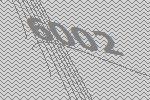
6002